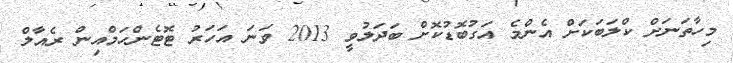
މިހާތަނަށް ކްލަބަކަށް އެންމެ އަގުބޮޑުކޮށް ބަދަލުވީ 2013 ވަނަ އަހަރު ޓޮޓެންހަމްއިން ރެއާލް